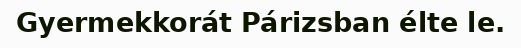
Gyermekkorát Párizsban élte le.